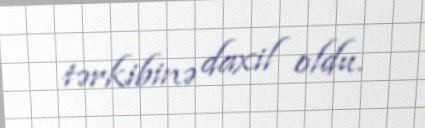
tərkibinə daxil oldu.